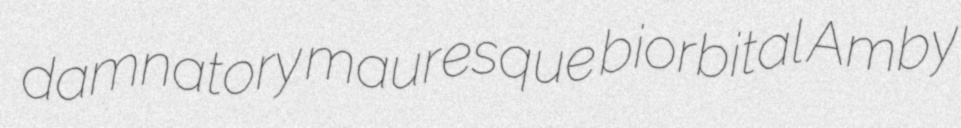
damnatory mauresque biorbital Amby